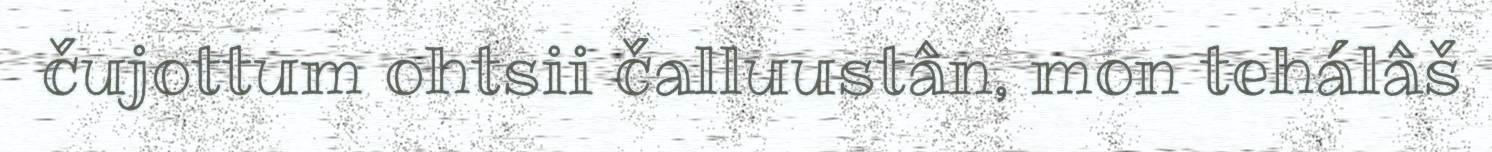
čujottum ohtsii čalluustân, mon tehálâš